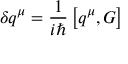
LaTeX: \delta q ^ { \mu } = \frac { 1 } { i \hbar } \left[ q ^ { \mu } , G \right]